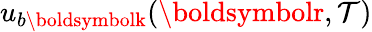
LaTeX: u_{b\boldsymbolk}(\boldsymbolr,\mathcal{T})